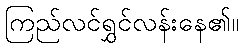
ကြည်လင်ရွှင်လန်းနေ၏။